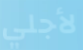
لأجلي